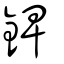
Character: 錍